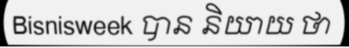
Bisnisweek បាន និយាយ ថា